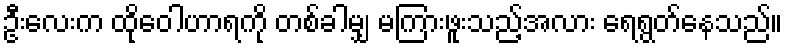
ဦးလေးက ထိုဝေါဟာရကို တစ်ခါမျှ မကြားဖူးသည့်အလား ရေရွတ်နေသည်။